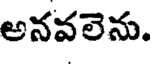
అనవలెను.